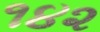
૧૪૨